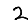
Digit: 2